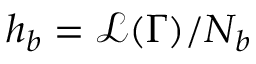
h _ { b } = \mathcal { L } ( \Gamma ) / N _ { b }